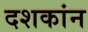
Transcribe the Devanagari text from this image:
दशकांन